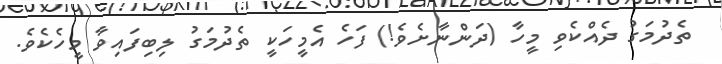
ތެދުމަގު ދެއްކެވި މީހާ (ދަންނާށެވެ!) ފަހެ އެމީހަކީ ތެދުމަގު ލިބިފައިވާ މީހެކެވެ.